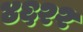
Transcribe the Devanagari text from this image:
४६२२